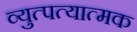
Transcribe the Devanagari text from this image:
व्युत्पत्यात्मक